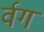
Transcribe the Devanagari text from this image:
र्वग